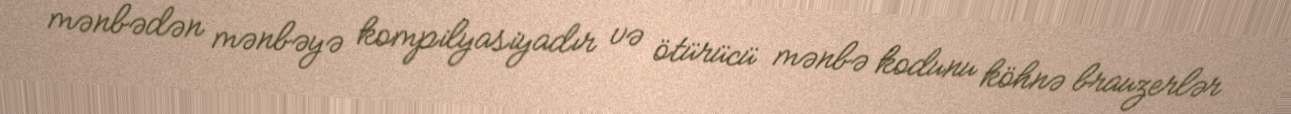
mənbədən mənbəyə kompilyasiyadır və ötürücü mənbə kodunu köhnə brauzerlər